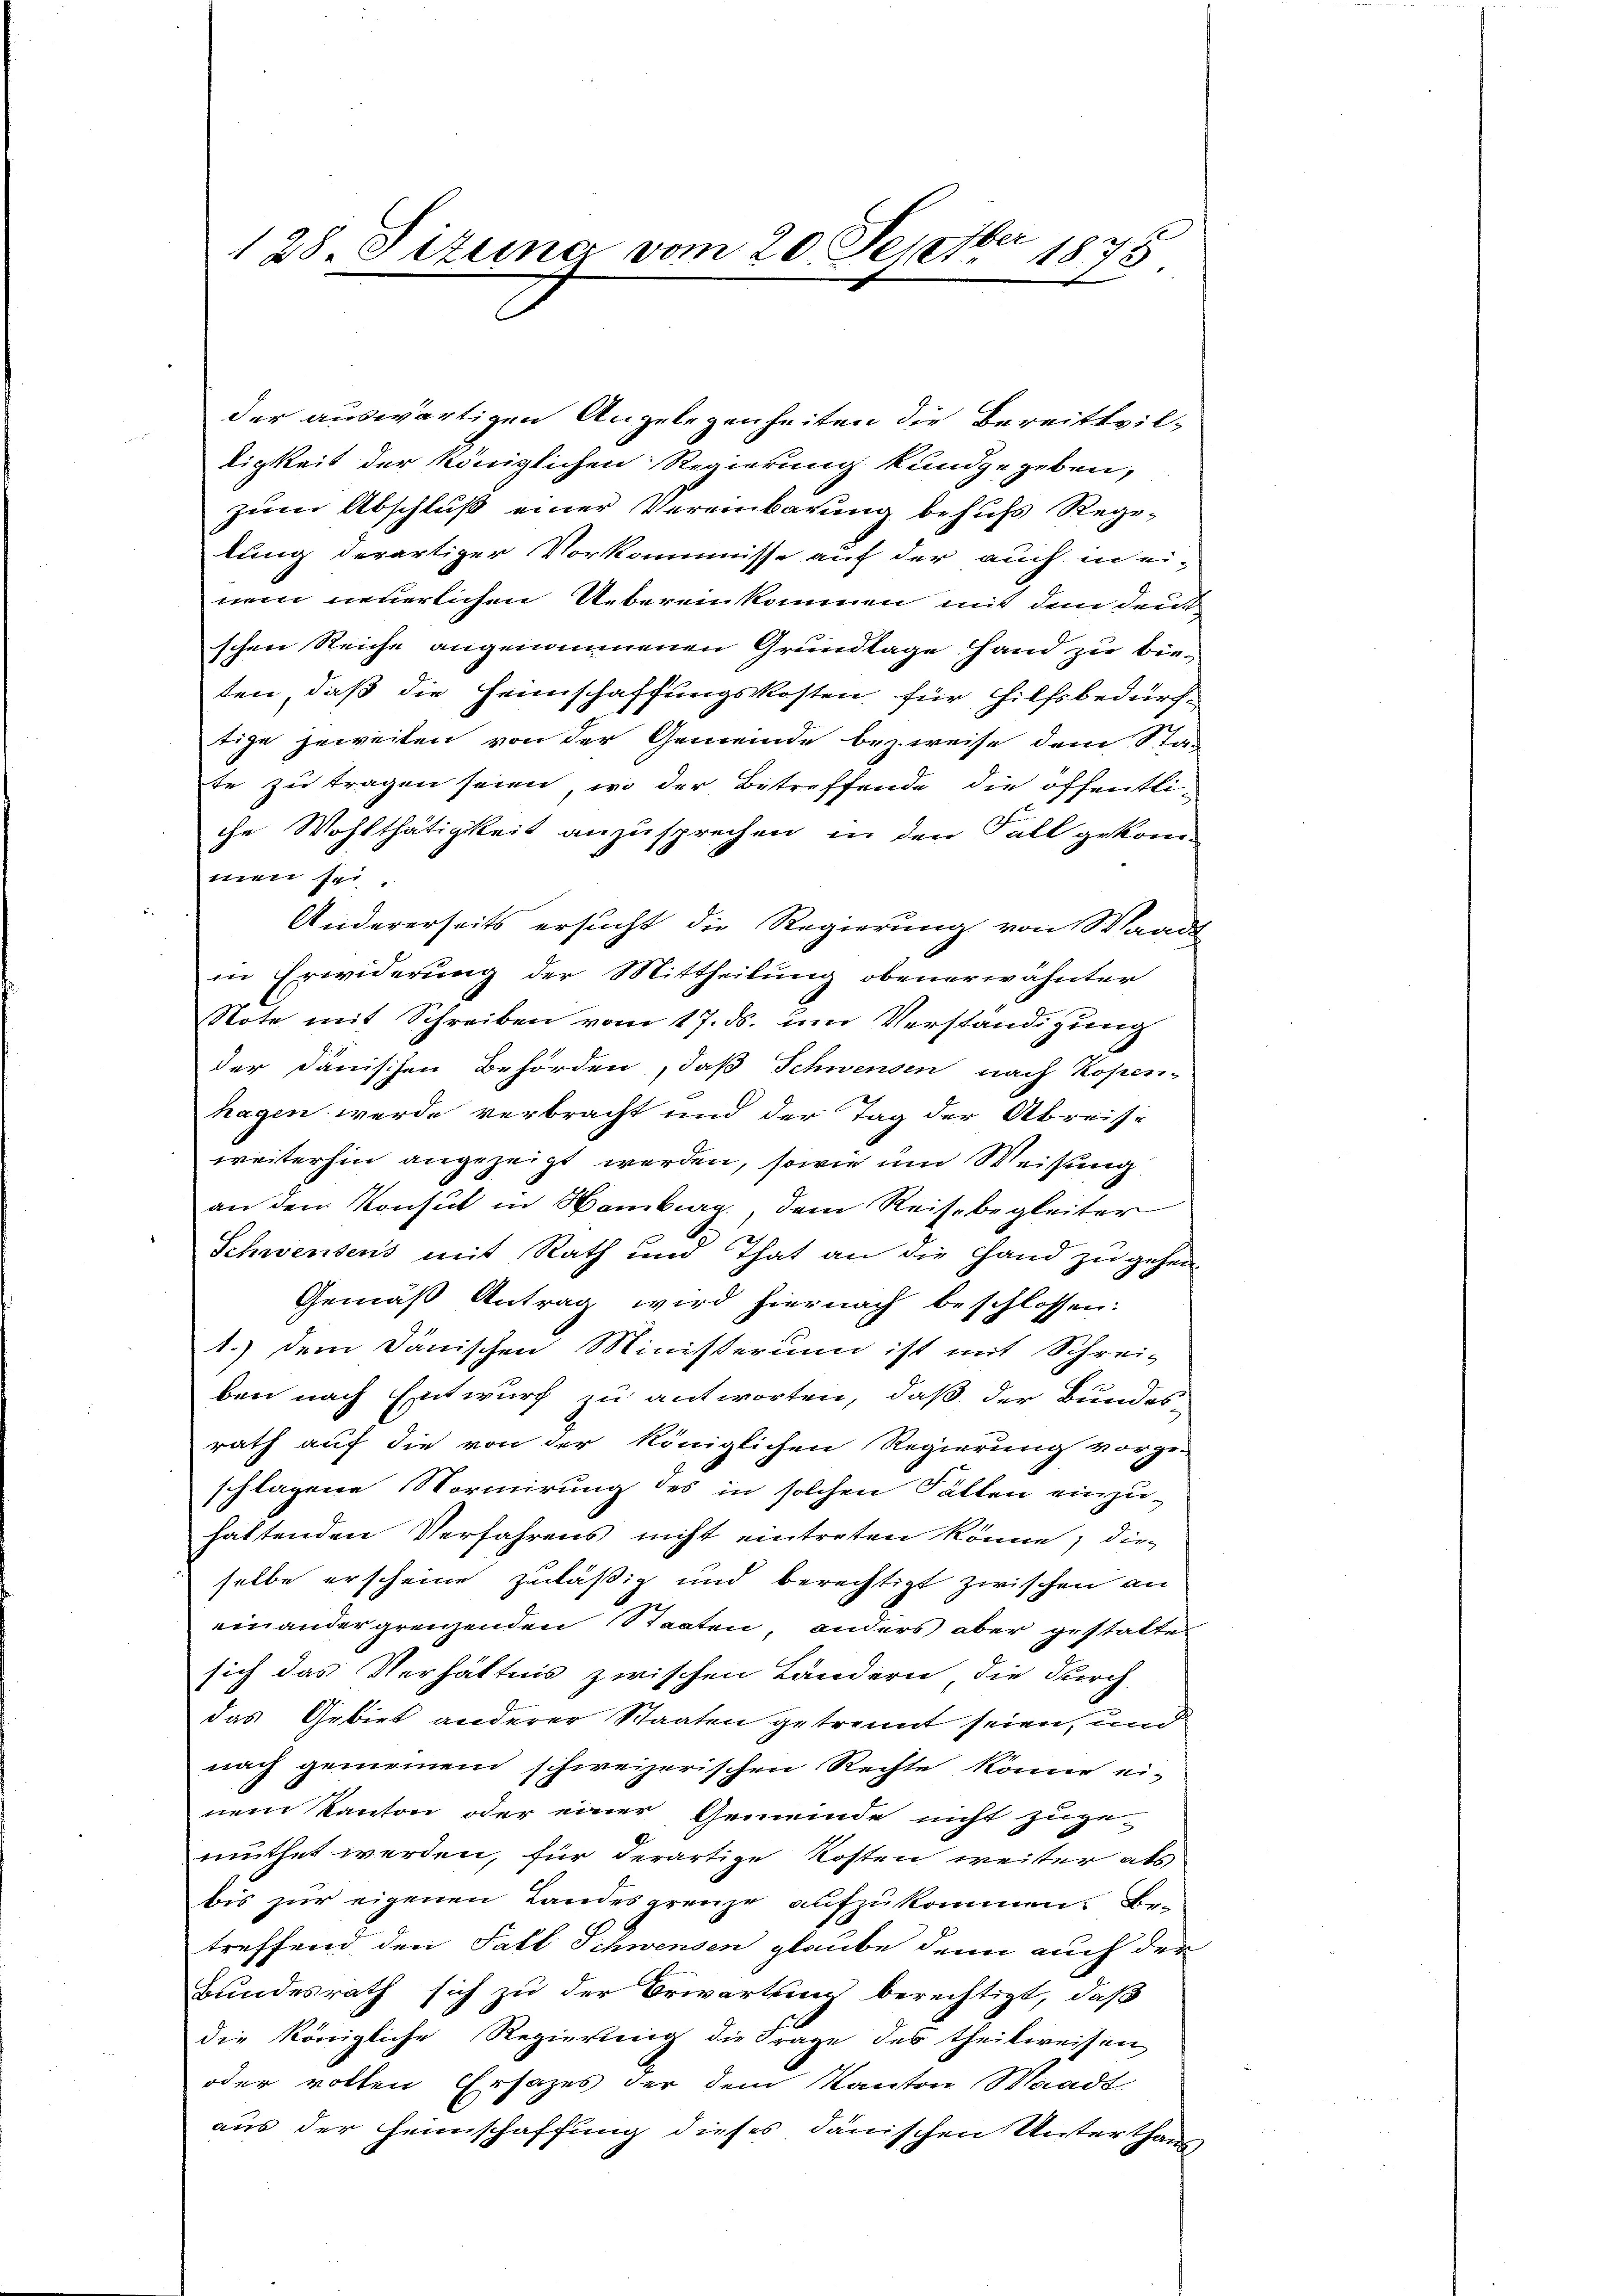
128. Sitzuina vom 20. Septber 1848

der auswärtigen Angelegenheiten die Bereitsviltigkeit der Königlichen Regierung kundgegeben,
zum Abschluß einer Vereinbarung behufs Rege-
lung derartiger Vorkommisse auf der auch in ei-
nem neuerlichen Uebereinkommen mit dem Deut
schen Reiche angenommenen Grundlage Hand zu bieten, daß die Heimschaffungskosten für Hilfsbedurchtige jeweiten von der Gemeinde bezweise dem Sta-
te zu tragen seien, wo der Betreffende die öffentliche Wohlthätigkeit anzusprechen, in den Fall gekommen sei.
Andererseits ersucht die Regierung von Waadt
in Erwiderung der Mittheilung obenerwähnter
Note mit Schreiben vom 17. ds. um Verständigung
der Dänischen Behörden, daß Schwenden nach Kopen-
hagen werde verbracht und der Tag der Abreise
weiterhin angezeigt werden, sowie im Weisung
an den Konsul in Hamburg, dem Reise begleiter
Schwensens mit Rath und That an die Hand zu gehen.
Gemäß Antrag wird hiernach beschlossen:
1.) dem dänischen Ministerium ist mit Schrei-
ben nach Entwurf zu antworten, daß der Bundes
rath auf die von der königlichen Regierung vorge-
schlagene Normirung des in solchen Fällen einzu-
hattenden Verfahrens nicht eintreten könne; die
selbe erscheine zuläßig und berechtigt zwischen an
einander grenzenden Staaten, anders aber gestatte
sich das Verhältnis zwischen Ländern die durch
das Gebiet anderer Staaten getrennt seien, und
nach gemeinem schweizerischen Rechte könne einem Kanton oder einer Gemeinde nicht zuge-
muthet werden, für derartige Kosten weiter als
bis zur eigenen Landesgrenze aufzukommen. Be-
treffend den Fall Schwenden glaube denn auch der
Bundesrath sich zu der Erwartung berechtigt, daß
die königliche Regierung die Frage des theilweisen
oder votten Ersatzes der dem Kanton Waadt.
aus der Heimschaffung dieses dänischen Unterthane